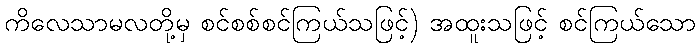
ကိလေသာမလတို့မှ စင်စစ်စင်ကြယ်သဖြင့်) အထူးသဖြင့် စင်ကြယ်သော